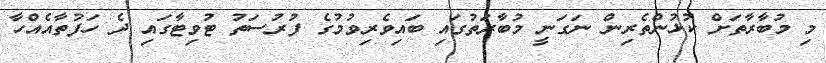
މި މުބާރާތަށް ކުޅުންތެރިން ނަގަނީ މުބާރަތުގައި ބައިވެރިވުމުގެ ފުރުސަތު ޓުވިޓާގައި ދެ ހަފުތާއެއްހާ